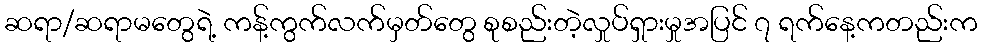
ဆရာ/ဆရာမတွေရဲ့ ကန့်ကွက်လက်မှတ်တွေ စုစည်းတဲ့လှုပ်ရှားမှုအပြင် ၇ ရက်နေ့ကတည်းက